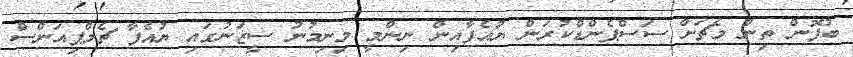
ބުފޮން ތިން މެޗަށް ސަސްޕެންޑްކުރަން ޔުއެފާއިން ނިންމީ މިނިމުނު ސީޒަނުގައި ޔުއެފާ ޗެމްޕިއަންސް